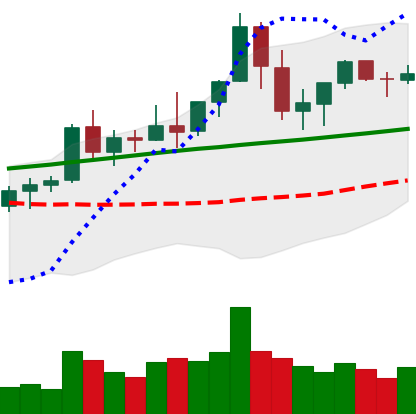
Ticker: ETC-USD
Chart end date: 2021-08-23
Forward return: -5.861%
Label: down_5_7